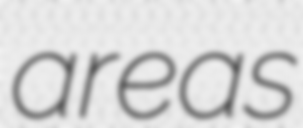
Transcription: areas